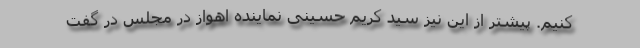
کنیم. پیشتر از این نیز سید کریم حسینی نماینده اهواز در مجلس در گفت